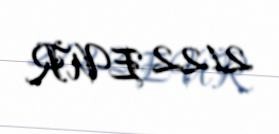
2122 EUR